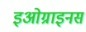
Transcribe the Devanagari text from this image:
इओग्राइनस